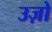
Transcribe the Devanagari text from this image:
उज़ो